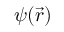
\psi ( \vec { r } )